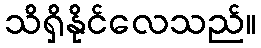
သိရှိနိုင်လေသည်။